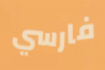
فارسي